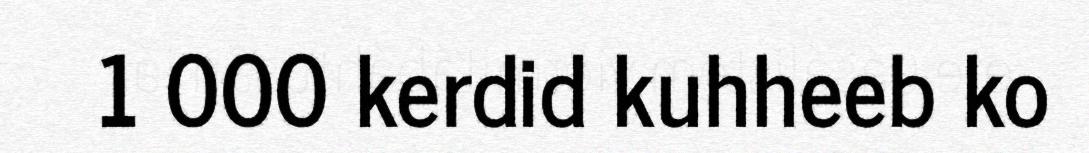
1 000 kerdid kuhheeb ko